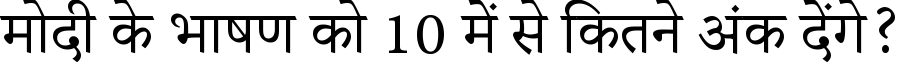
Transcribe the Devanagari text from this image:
मोदी के भाषण को 10 में से कितने अंक देंगे?